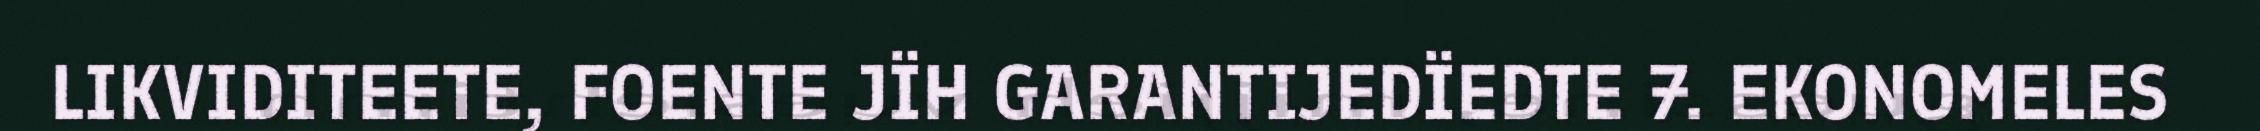
LIKVIDITEETE, FOENTE JÏH GARANTIJEDÏEDTE 7. EKONOMELES